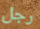
رجل